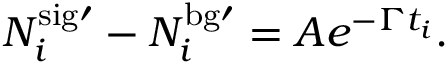
N _ { i } ^ { \mathrm { { s i g } \prime } } - N _ { i } ^ { \mathrm { { b g } \prime } } = A e ^ { - \Gamma t _ { i } } .